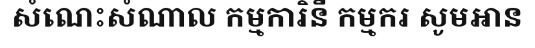
សំណេះសំណាល កម្មការិនី កម្មករ សូមអាន